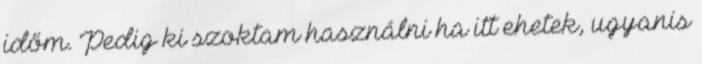
időm. Pedig ki szoktam használni ha itt ehetek, ugyanis